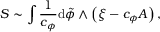
S \sim \int \frac { 1 } { c _ { \phi } } \mathrm { d } \tilde { \phi } \wedge \left( \xi - c _ { \phi } A \right) ,